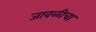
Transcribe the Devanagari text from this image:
जावळीचा